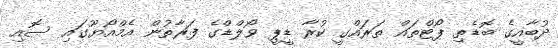
ދުބާއީގެ ބޮޑެތި ޕޯޓްތައް ތަރައްގީ ކުރާ ޑީޕީ ވޯލްޑްގެ ފަރާތުން އެމްއޯޔޫގައި ސޮއި